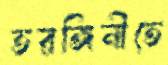
তরঙ্গিনীতে